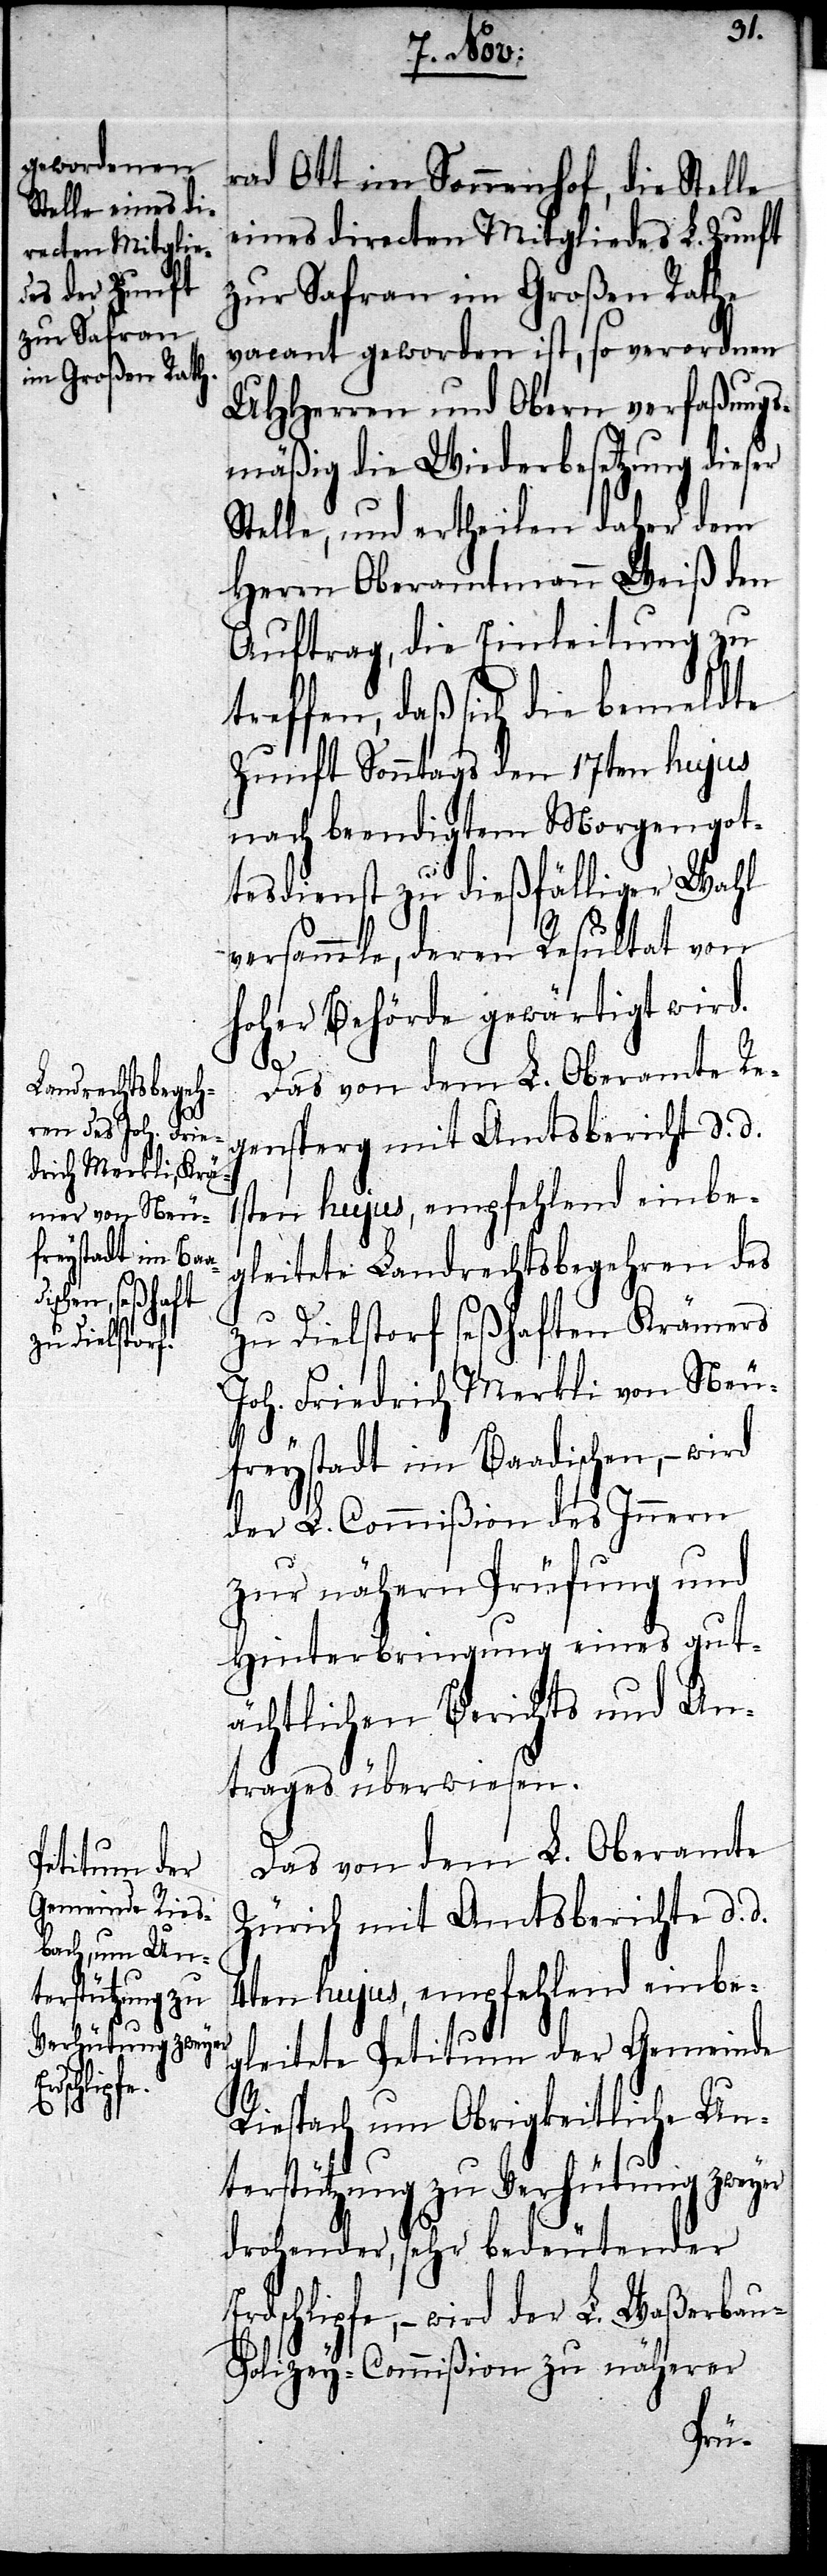
terstützung zu
Verhütung zweyer

rad Ott im Sonnenhof, die Stelle
eines directen Mitgliedes L. Zunft
zur Safran im Großen Rathe
vacant geworden ist, so verordnen
UHHerren und Obern verfaßungs¬
mäßig die Wiederbesetzung dieser
Stelle, und ertheilen daher dem
Herrn Oberamtmann Weiß den
Auftrag, die Einleitung zu
treffen, daß sich die bemeldte
Zunft Sonntags den 17ten hujus
nach beendigtem Morgengot¬
tesdienst zu dießfälliger Wahl
versammle, deren Resultat von
Hoher Behörde gewärtigt wird.
Das von dem L. Oberamte Re¬
gensperg mit Amtsbericht d. d.
1sten hujus, empfehlend einbe¬
gleitete Landrechtsbegehren des
zu Dielstorf seßhaften Krämers
Joh. Friedrich Merkli von Neu¬
freystadt im Baadischen, – wird
der L. Commißion des Innern
zur nähern Prüfung und
Hinterbringung eines gut¬
ächtlichen Berichts und An¬
trages überwiesen.
Das von dem L. Oberamte
Zürich mit Amtsberichte d. d.
4ten hujus, empfehlend einbe¬
gleitete Petitum der Gemeinde
Riespach um Obrigkeitliche Un¬
drohender, sehr bedeutender
Erdschlipfe, – wird der L. Waßerbau-P¬
olizey-Commißion zu näherer